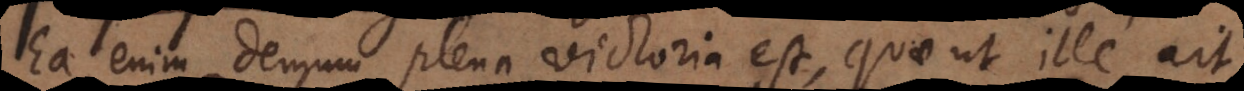
Ea enim demum plena victoria est, quae ut ille ait,